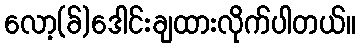
လော့(ခ်)ဒေါင်းချထားလိုက်ပါတယ်။